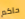
حاكم